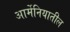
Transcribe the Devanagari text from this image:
आर्मेनियातील